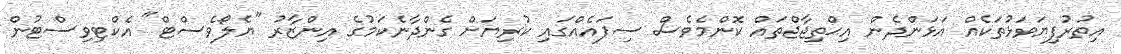
އިތުރުފިޔަވަޅުތަކެއް އަޅަންދެން އިޙްތިޖާޖްތައް ކޮންމެވެސް ސިފައެއްގައި ކުރިޔަށް ގެންދާނެކަމުގެ އިންޒާރު "ޔެލޯވެސްޓް" އެކްޓިވިސްޓުން